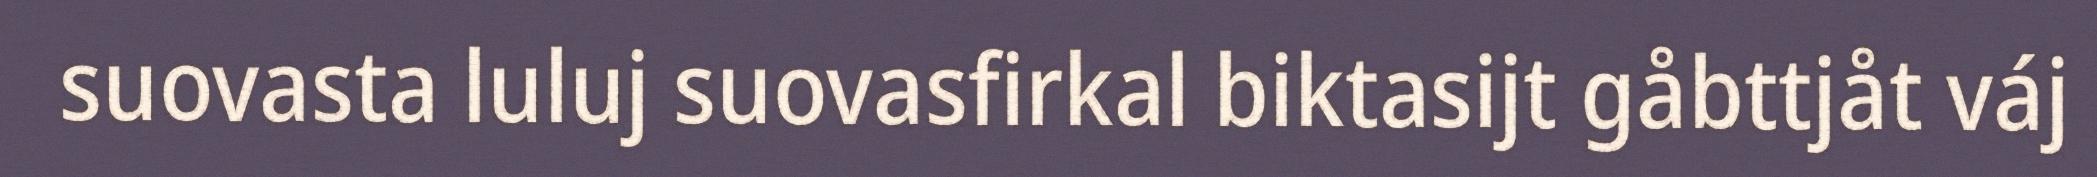
suovasta luluj suovasfirkal biktasijt gåbttjåt váj